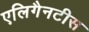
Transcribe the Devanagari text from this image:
एलिगैनटीस